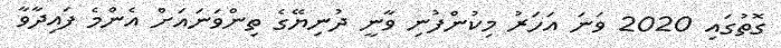
ގޮތުގައި 2020 ވަނަ އަހަރު މިކުންފުނި ވާނީ ދުނިޔޭގެ ތިންވަނައަށް އެންމެ ފައިދާވާ